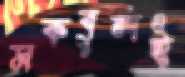
মকবুলই